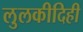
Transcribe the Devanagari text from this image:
लुलकीदिही